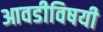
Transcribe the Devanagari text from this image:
आवडीविषयी